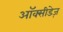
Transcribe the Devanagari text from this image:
ऑक्सीडेज़